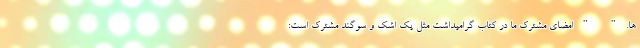
ها." "امضای مشترک ما در کتاب گرامیداشت مثل یک اشک و سوگند مشترک است: